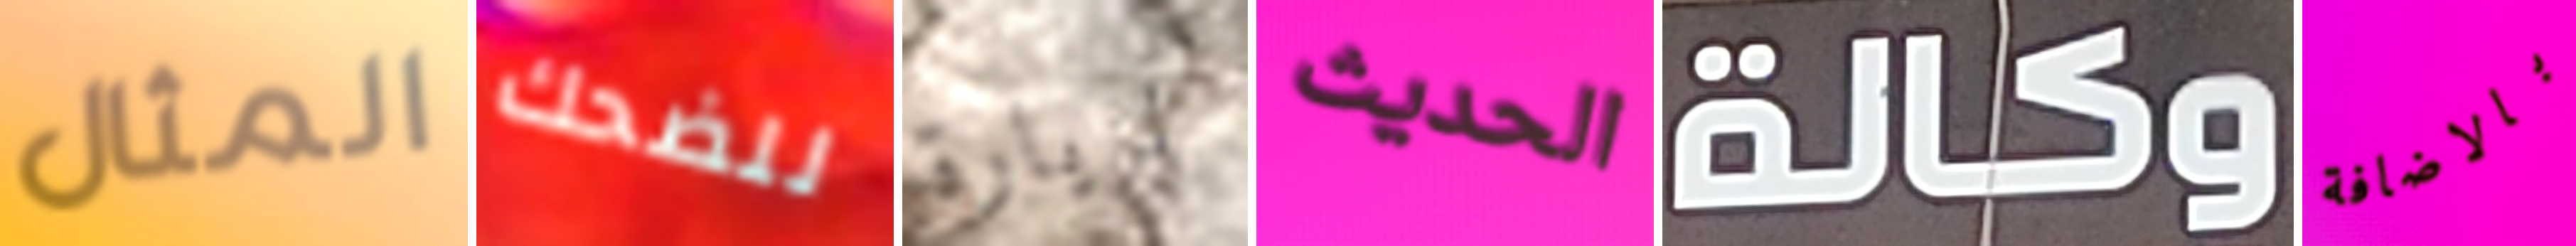
المثال للضحك لزيارة الحديث وكالة بالاضافة